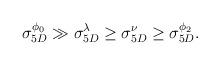
LaTeX: \begin{align*}\sigma_{5D}^{\phi_0} \gg \sigma_{5D}^{\lambda} \geq \sigma_{5D}^{\nu} \geq \sigma_{5D}^{\phi_2}.\end{align*}